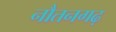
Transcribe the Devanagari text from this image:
नौतनगढ़